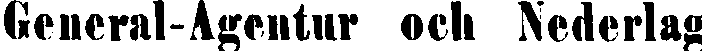
General-Agentur och Nederlag